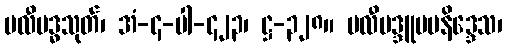
ဗလီဗဒ္ဓသုတ်၊ အံ-၄-ပါ-၄၂၃၊ ဋ္ဌ-၃၂၈။ ဗလီဗဒ္ဒူပမနိဒ္ဒေသ၊